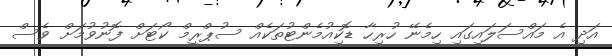
އަދި އެ މައްސަލައިގައި ހިމެނޭ ހުރިހާ ޑޮކިއުމެންޓުތަކެއް ސުޕްރީމް ކޯޓަށް ފޮނުވުމަށް ވެސް